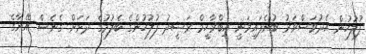
ފުލުހުން އެދުވަސްވަރު ބުނެފައިވަނީ އިބްރާހީމް ރަޝީދު ފުލުހުންގެ ބެލުމުގެ ދަށަށް ގެނެސް އޭނާގެ